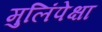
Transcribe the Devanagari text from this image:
मुलिंपेक्षा